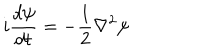
i \frac { d \psi } { d t } = - \frac { 1 } { 2 } \nabla ^ { 2 } \psi